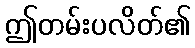
ဤတမ်းပလိတ်၏